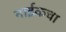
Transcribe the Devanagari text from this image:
नाईकचा